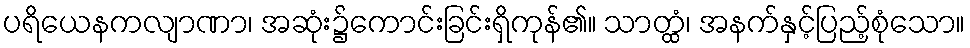
ပရိယေနကလျာဏာ၊ အဆုံး၌ကောင်းခြင်းရှိကုန်၏။ သာတ္ထံ၊ အနက်နှင့်ပြည့်စုံသော။